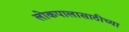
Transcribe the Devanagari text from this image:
लोकपालासाठीच्या